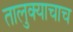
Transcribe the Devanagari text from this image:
तालुक्याचाच